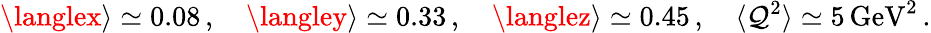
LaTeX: \langlex\rangle\simeq0.08\, ,\quad\langley\rangle\simeq0.33\, ,\quad\langlez\rangle\simeq0.45\, ,\quad\langle\mathcal{Q}^{2}\rangle\simeq5\, \mathrm{{GeV}}^{2}\, .